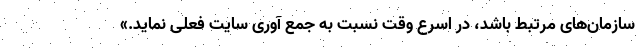
سازمان‌های مرتبط باشد، در اسرع وقت نسبت به جمع آوری سایت فعلی نماید.»